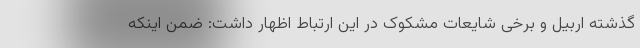
گذشته اربیل و برخی شایعات مشکوک در این ارتباط اظهار داشت: ضمن اینکه